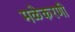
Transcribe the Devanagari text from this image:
मळेकरणी